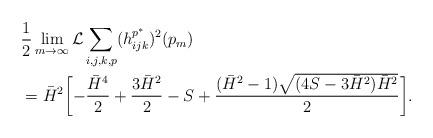
LaTeX: \begin{align*}\begin{aligned}&\dfrac12\lim_{m\to \infty}\mathcal L\sum_{i,j,k,p} ( h^{p^{\ast}}_{ijk})^2(p_m)\\&=\bar H^2\biggl[-\dfrac{\bar H^4}2+\dfrac{3\bar H^2}2 -S+\dfrac{(\bar H^2-1)\sqrt{(4S-3\bar H^2)\bar H^2}}2 \biggl ].\\\end{aligned}\end{align*}